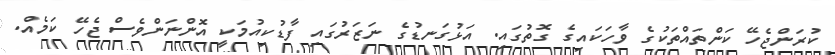
ކުރަންޖެހޭ ކަންތައްތަކުގެ ވާހަކައިގެ ގޮތުގައި. އަޅުގަނޑުގެ ނަޒަރުގައި ފާޑުކިއުމަކީ އޮންނަންވެސް ޖެހޭ ކަމެއް.